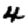
Digit: 4